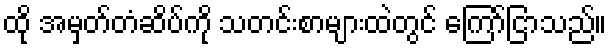
ထို အမှတ်တံဆိပ်ကို သတင်းစာများထဲတွင် ကြော်ငြာသည်။